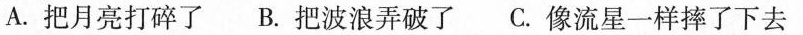
A.把月亮打碎了 B.把波浪弄破了 C.像流星一样摔了下去